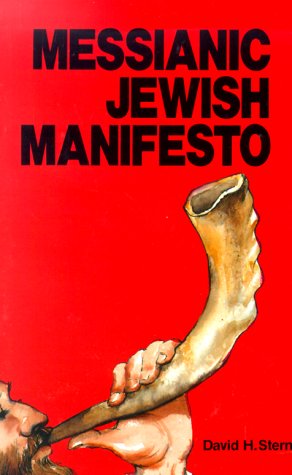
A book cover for Messianic Jewish Manifesto; David H. Stern; Christian Books & Bibles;